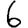
Digit: 6